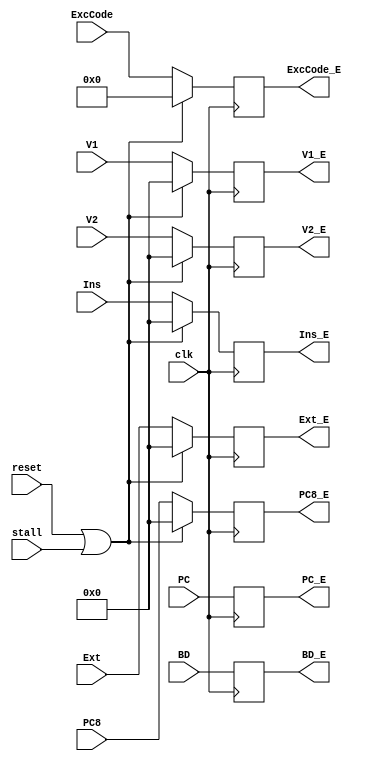
`timescale 1ns / 1ps

module EReg(clk,reset,stall,Ins,V1,V2,Ext,PC,PC8,ExcCode,BD,Ins_E,V1_E,V2_E,Ext_E,PC_E,PC8_E,ExcCode_E,BD_E);
//interface
    input clk;
    input reset;
    input stall;

    input [31:0] Ins;
    input [31:0] V1;
    input [31:0] V2;
    input [31:0] Ext;

    input [31:0] PC;
    input [31:0] PC8;

    input [6:2] ExcCode;
    input BD;

    output reg [31:0] Ins_E;
    output reg [31:0] V1_E;
    output reg [31:0] V2_E;
    output reg [31:0] Ext_E;
    
    output reg [31:0] PC_E;
    output reg [31:0] PC8_E;

    output reg [6:2] ExcCode_E;
    output reg BD_E;

//sequential logic
    /*
	initial
		begin
			Ins_E=0;
			V1_E=0;
			V2_E=0;
			Ext_E=0;
			PC_E=0;
			PC8_E=0;
            ExcCode_E=0;
            BD_E=0;
		end
	*/
    
    always @(posedge clk)
        begin
            if(reset||stall)
                begin
                    Ins_E<=0;
                    V1_E<=0;
                    V2_E<=0;
                    Ext_E<=0;
                    PC_E<=PC;       //stick PC_D and keep on piping
                    PC8_E<=0;
                    ExcCode_E<=0;
                    BD_E<=BD;       //stick BD_D and keep on piping
                end 
            else
                begin
                    Ins_E<=Ins;
                    V1_E<=V1;
                    V2_E<=V2;
                    Ext_E<=Ext;
                    PC_E<=PC;
                    PC8_E<=PC8;
                    ExcCode_E<=ExcCode;
                    BD_E<=BD;
                end
        end

endmodule